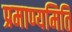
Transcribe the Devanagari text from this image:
प्रमाण्यमिति